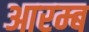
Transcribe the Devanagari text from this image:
आरम्ब